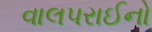
વાલપરાઈનો